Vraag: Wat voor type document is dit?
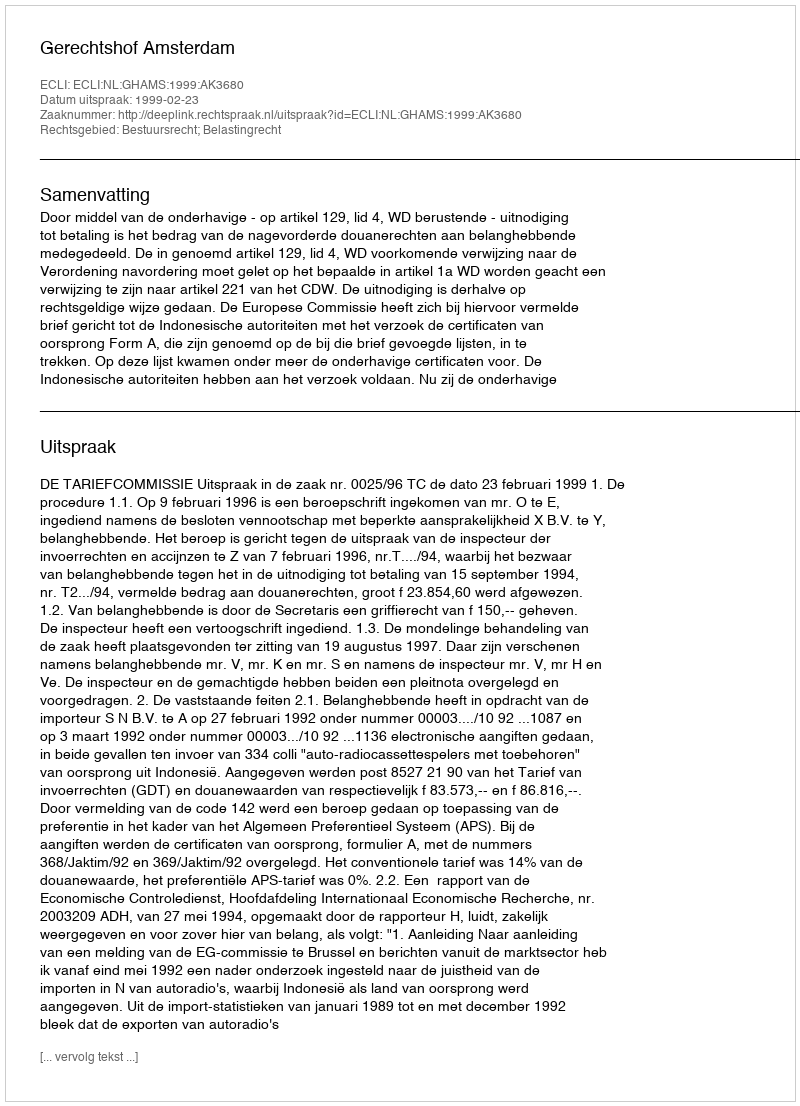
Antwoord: Uitspraak